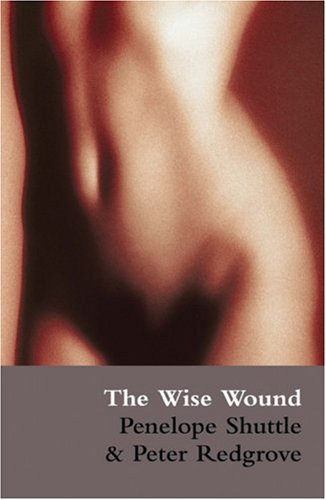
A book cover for The Wise Wound: menstruation and everywoman; Penelope Shuttle; Literature & Fiction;